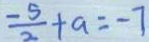
\frac { - 5 } { 2 } + a = - 7